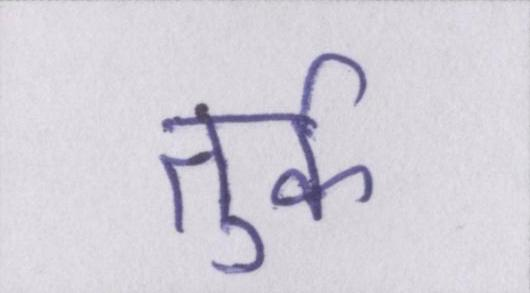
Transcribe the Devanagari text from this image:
तुर्क